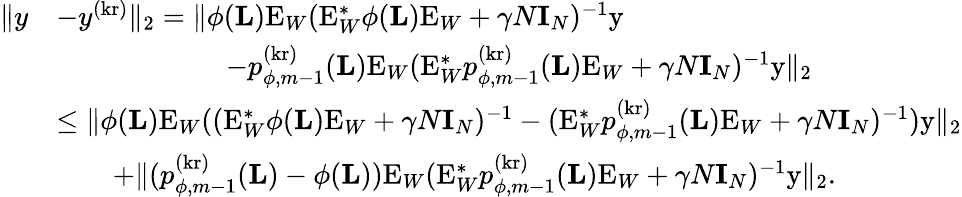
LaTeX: \begin{array}{rl}{\| y}&{-y^{(\mathrm{kr})}\| _{2}=\| \phi(\mathbf{L})\mathrm{E}_{W}(\mathrm{E}_{W}^{*}\phi(\mathbf{L})\mathrm{E}_{W}+\gamma N\mathbf{I}_{N})^{-1}\mathrm{y}}\\ &{\qquad\qquad\qquad-p_{\phi,m-1}^{(\mathrm{kr})}(\mathbf{L})\mathrm{E}_{W}(\mathrm{E}_{W}^{*}p_{\phi,m-1}^{(\mathrm{kr})}(\mathbf{L})\mathrm{E}_{W}+\gamma N\mathbf{I}_{N})^{-1}\mathrm{y}\| _{2}}\\ &{\leq\| \phi(\mathbf{L})\mathrm{E}_{W}((\mathrm{E}_{W}^{*}\phi(\mathbf{L})\mathrm{E}_{W}+\gamma N\mathbf{I}_{N})^{-1}-(\mathrm{E}_{W}^{*}p_{\phi,m-1}^{(\mathrm{kr})}(\mathbf{L})\mathrm{E}_{W}+\gamma N\mathbf{I}_{N})^{-1})\mathrm{y}\| _{2}}\\ &{\qquad+\| (p_{\phi,m-1}^{(\mathrm{kr})}(\mathbf{L})-\phi(\mathbf{L}))\mathrm{E}_{W}(\mathrm{E}_{W}^{*}p_{\phi,m-1}^{(\mathrm{kr})}(\mathbf{L})\mathrm{E}_{W}+\gamma N\mathbf{I}_{N})^{-1}\mathrm{y}\| _{2}.}\end{array}